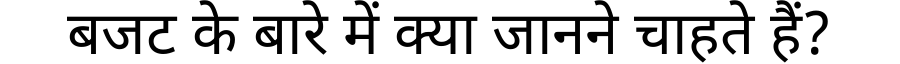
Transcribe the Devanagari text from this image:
बजट के बारे में क्या जानने चाहते हैं?